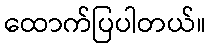
ထောက်ပြပါတယ်။